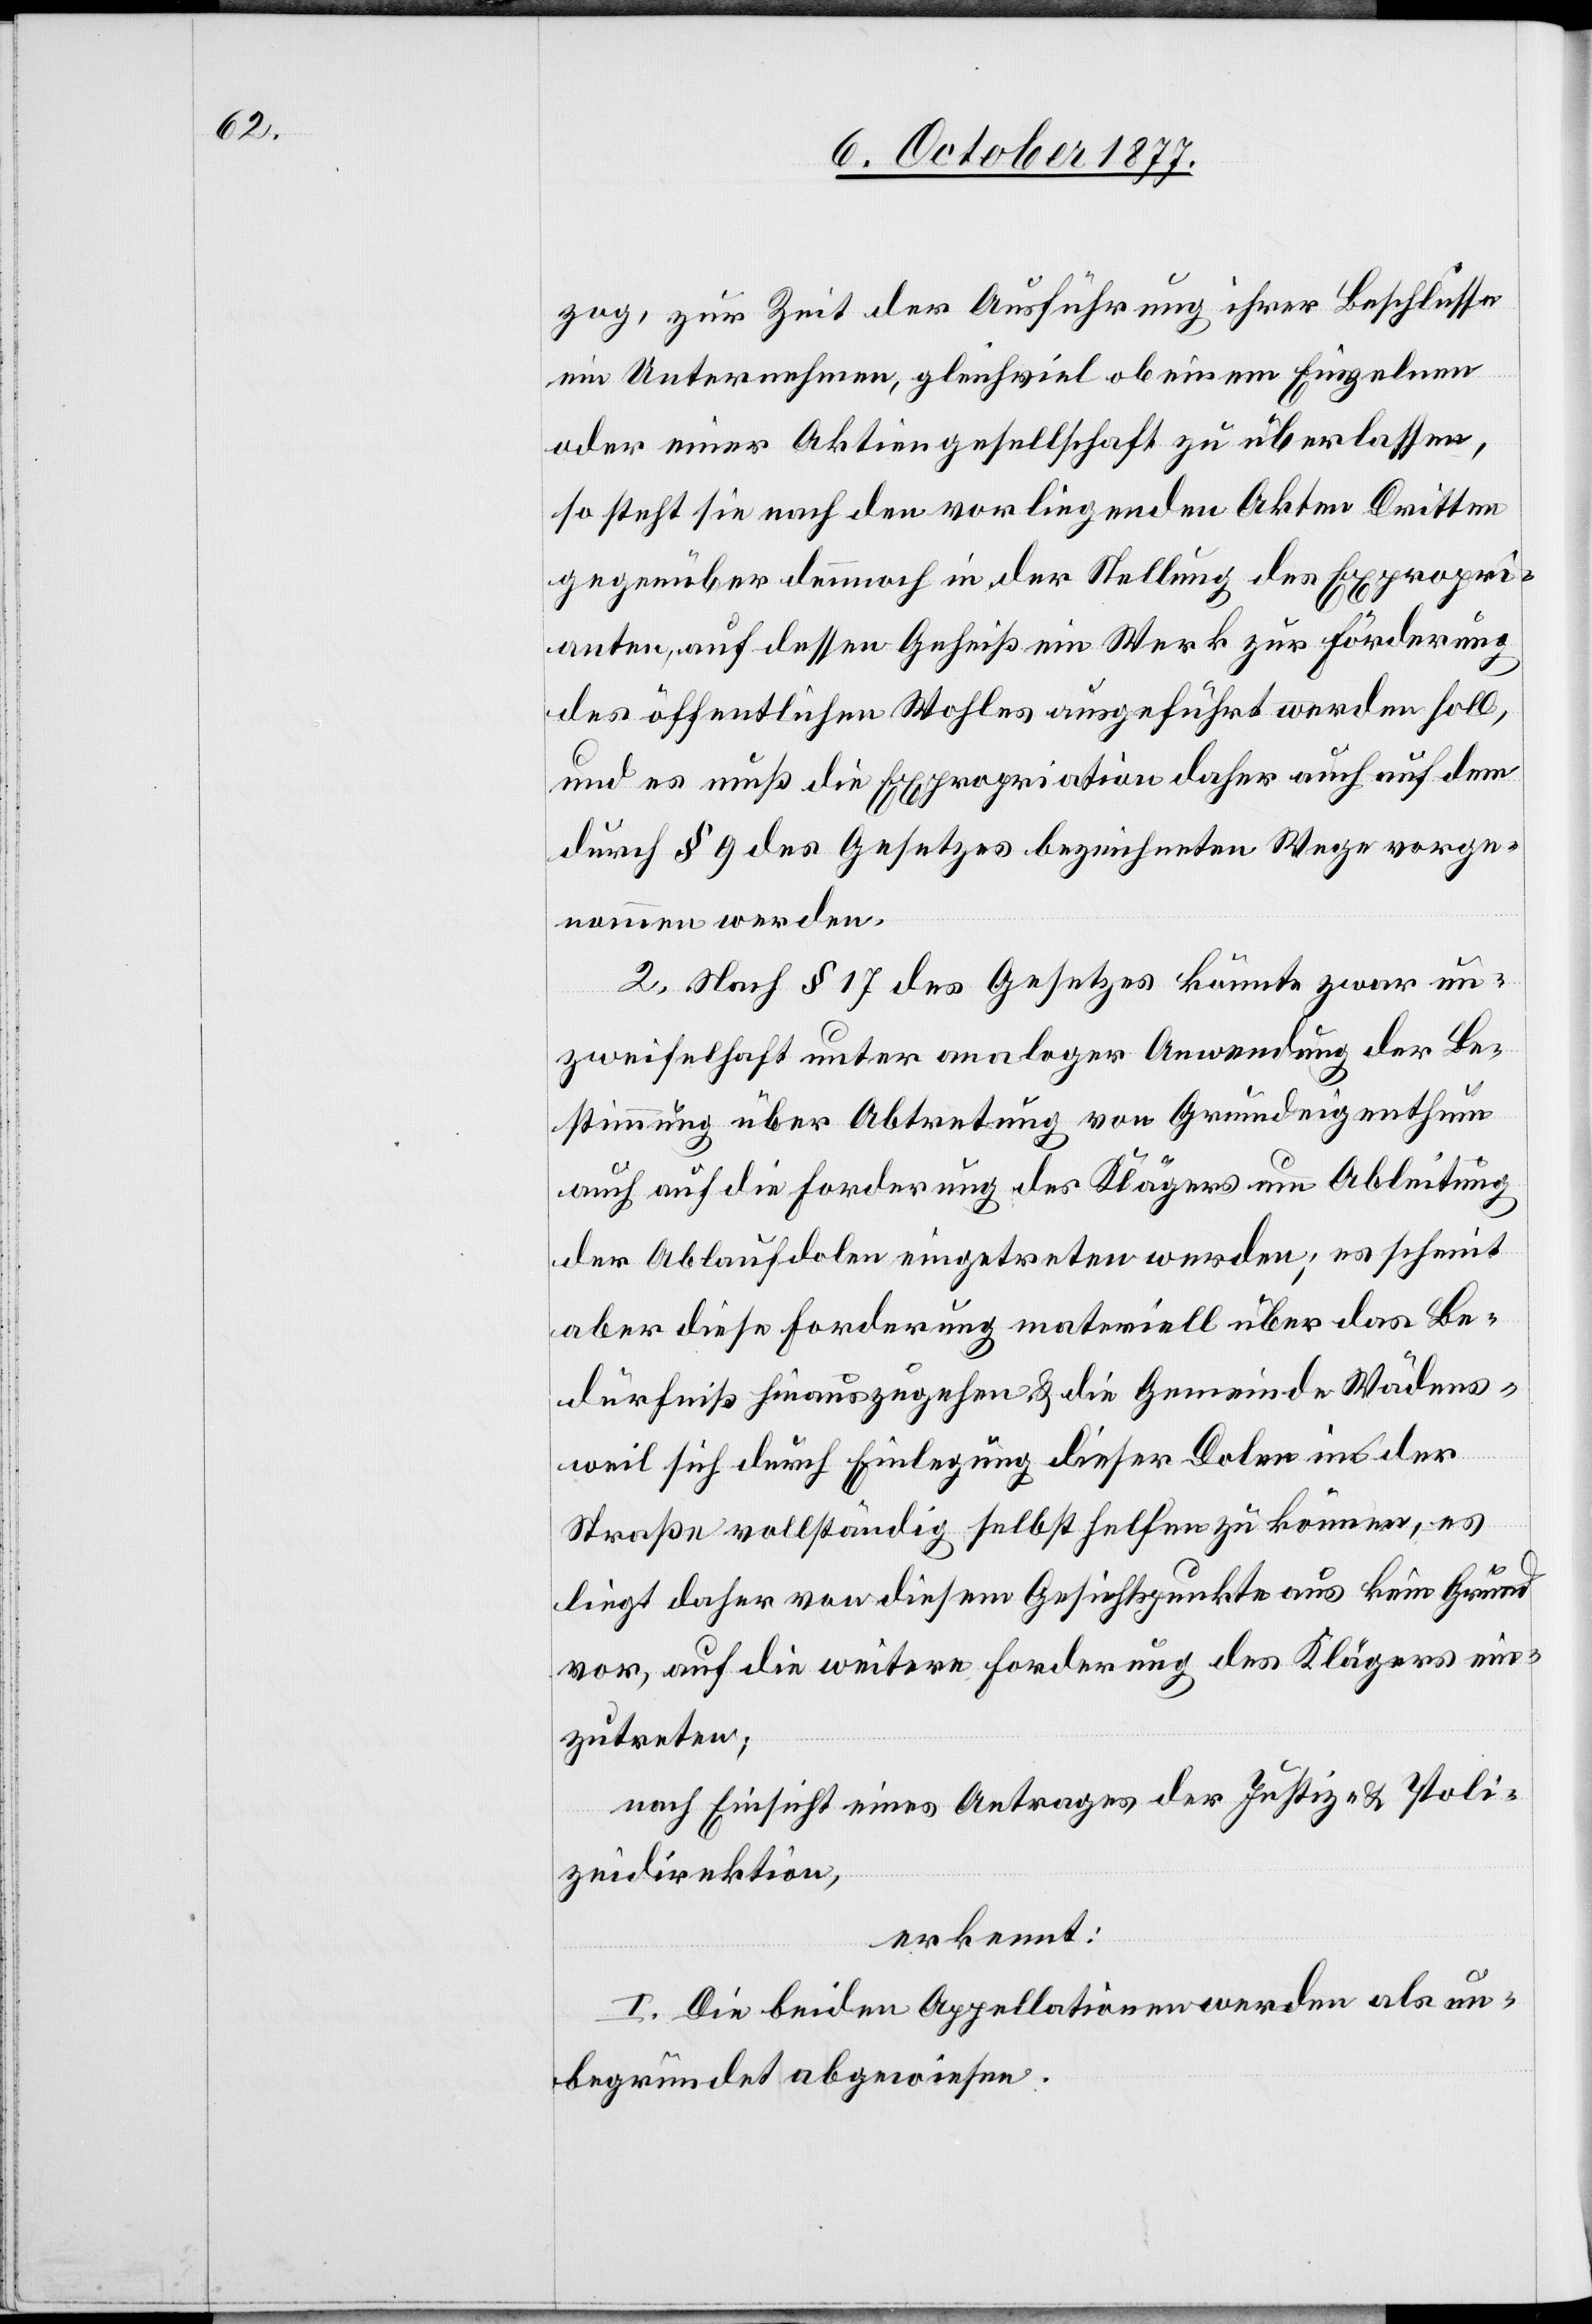
zog, zur Zeit der Ausführung ihrer Beschlüsse
ein Unternehmen, gleichviel ob einem Einzelnen
oder einer Aktiengesellschaft zu überlassen,
so steht sie nach den vorliegenden Akten Dritten
gegenüber dennnoch in der Stellung des Expropri¬
anten, auf dessen Geheiß ein Werk zur Förderung
des öffentlichen Wohles ausgeführt werden soll,
und es muß die Expropriation daher auch auf dem
durch § 9 des Gesetzes bezeichneten Wege vorge¬
nommen werden.
2. Nach § 17 des Gesetzes könnte zwar un¬
zweifelhaft unter analoger Anwendung der Be¬
stimmung über Abtretung von Grundeigenthum
auch auf die Forderung des Klägers um Ableitung
der Ablaufdolen eingetreten werden; es scheint
aber diese Forderung materiell über das Be¬
dürfniß hinauszugehen & die Gemeinde Wädens¬
weil sich durch Einlegung dieser Dolen in der
Straße vollständig selbst helfen zu können, es
liegt daher von diesem Gesichtspunkte aus kein Grund
vor, auf die weitere Forderung des Klägers ein¬
zutreten;
nach Einsicht eines Antrages der Justiz- & Poli¬
zeidirektion,
erkennt:
I. Die beiden Appellationen werden als un¬
begründet abgewiesen.